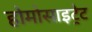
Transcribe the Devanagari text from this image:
होमोसाइट्रेट